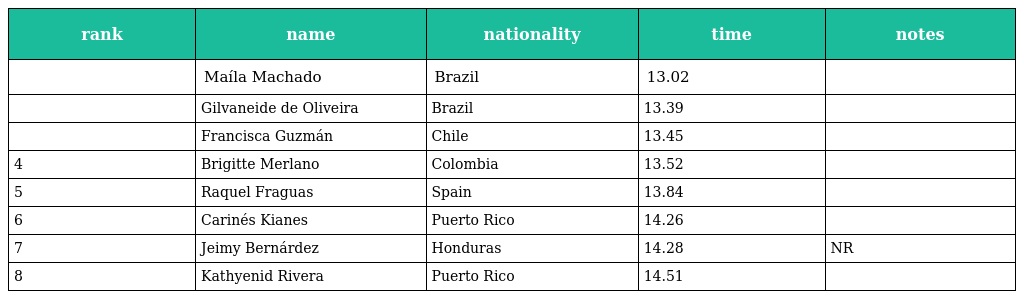
| rank | name | nationality | time | notes |
 | --- | --- | --- | --- | --- |
 |  | Maíla Machado | Brazil | 13.02 |  |
 |  | Gilvaneide de Oliveira | Brazil | 13.39 |  |
 |  | Francisca Guzmán | Chile | 13.45 |  |
 | 4 | Brigitte Merlano | Colombia | 13.52 |  |
 | 5 | Raquel Fraguas | Spain | 13.84 |  |
 | 6 | Carinés Kianes | Puerto Rico | 14.26 |  |
 | 7 | Jeimy Bernárdez | Honduras | 14.28 | NR |
 | 8 | Kathyenid Rivera | Puerto Rico | 14.51 |  |